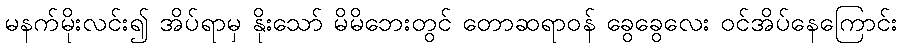
မနက်မိုးလင်း၍ အိပ်ရာမှ နိုးသော် မိမိဘေးတွင် တောဆရာဝန် ခွေခွေလေး ဝင်အိပ်နေကြောင်း